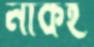
নাকই